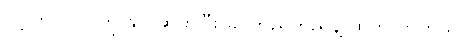
လို့ ဟိုပုဂ္ဂိုလ်ကို နှုတ်ဆက်ပြီး ခပ်တည်တည်နဲ့ ထွက်လာတယ်။